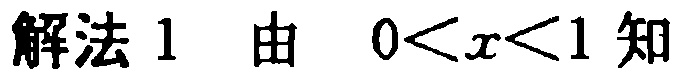
解法1 由 \(0<x<1\) 知